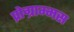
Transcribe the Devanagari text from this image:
प्रोग्राम्मस